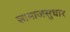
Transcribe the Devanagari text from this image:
सामाजसुधार